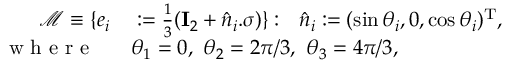
\begin{array} { r l } { \mathcal { M } \equiv \{ e _ { i } } & { { } : = \frac { 1 } { 3 } ( \mathbf { I } _ { 2 } + \hat { n } _ { i } . \sigma ) \} : ~ ~ \hat { n } _ { i } : = ( \sin \theta _ { i } , 0 , \cos \theta _ { i } ) ^ { \mathrm { T } } , } \\ { \mathrm { ~ w ~ h ~ e ~ r ~ e ~ } ~ ~ } & { { } \theta _ { 1 } = 0 , ~ \theta _ { 2 } = 2 \pi / 3 , ~ \theta _ { 3 } = 4 \pi / 3 , } \end{array}